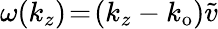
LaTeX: \omega(k_{z})\! =\! (k_{z}-k_{\mathrm{o}})\widetilde{v}